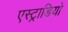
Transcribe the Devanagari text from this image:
एस्ट्राडियो